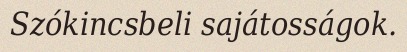
Szókincsbeli sajátosságok.